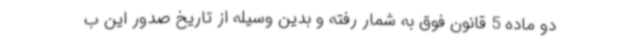
دو ماده 5 قانون فوق به شمار رفته و بدین وسیله از تاریخ صدور این ب